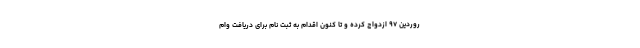
روردین ۹۷ ازدواج کرده و تا کنون اقدام به ثبت نام برای دریافت وام